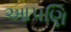
આપણિ